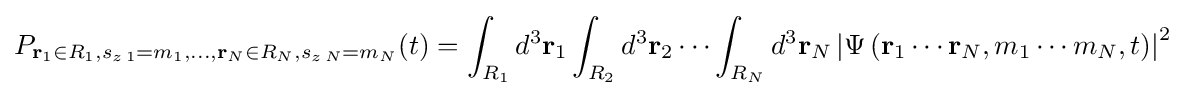
P_{\mathbf {r} _{1}\in R_{1},s_{z\,1}=m_{1},\ldots ,\mathbf {r} _{N}\in R_{N},s_{z\,N}=m_{N}}(t)=\int _{R_{1}}d^{3}\mathbf {r} _{1}\int _{R_{2}}d^{3}\mathbf {r} _{2}\cdots \int _{R_{N}}d^{3}\mathbf {r} _{N}\left|\Psi \left(\mathbf {r} _{1}\cdots \mathbf {r} _{N},m_{1}\cdots m_{N},t\right)\right|^{2}